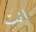
انت